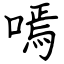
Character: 嘕